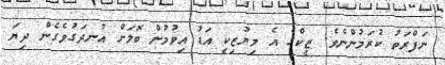
ނަފްރަތު ކުރަމުންނެވެ. ޒީކްގެ އެ މިޔުޒިކީ އަޑު އިވުމުން ބޮލަށް އުނދަގުވެގެން ދިޔަ